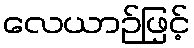
လေယာဉ်ဖြင့်